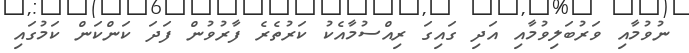
ނުވުމާއި ވަރުބަލިވުމާއި އަދި ގައިގަ ރިއްސުމާއެކު ކަރުތެރެ ފާރުވުން ފަދަ ކަންކަން ކަމުގައި